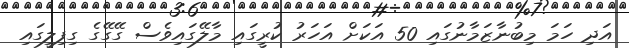
އަދި ހަމަ މިބުނާޒަމާނުގައި 50 އަކަށް އަހަރު ކުރީގައި މާލޭގައިވެސް ގޭގޭގެ ގިފިލީގައި